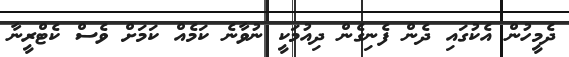
ދެމީހުން އެކުގައި ދެން ފެނިގެން ދިއުމަކީ ނުވާނެ ކަމެއް ކަމަށް ވެސް ކެޓްރީނާ